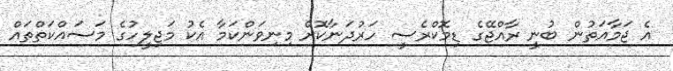
އެ ޖަމާއަތުން ބުނީ ރާއްޖޭގެ ޑިމޮކްރެސީ ހަރުދަނާކޮށް މިނިވަންކަމާ އެކު މަޖިލީހުގެ މަސައްކަތްތައް